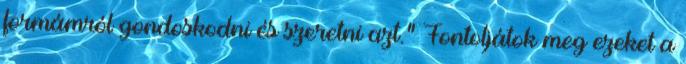
formámról gondoskodni és szeretni azt.” Fontoljátok meg ezeket a